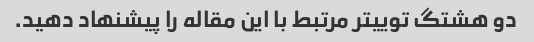
دو هشتگ توییتر مرتبط با این مقاله را پیشنهاد دهید.